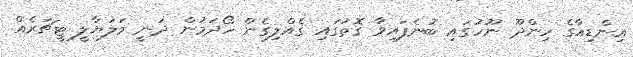
އިންޑިއާގެ ހިންދޫ ނޫހުގައި ބުނެފައިވާ ގޮތުގައި ގެއްލިގެން ހޯދަމުން ދަނީ މަލަޔާލީ ޓީޗަރެއް